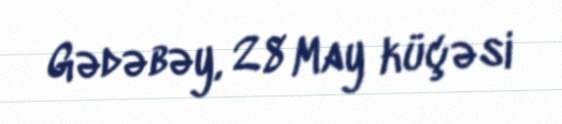
Gədəbəy, 28 May küçəsi